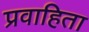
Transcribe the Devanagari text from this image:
प्रवाहिता